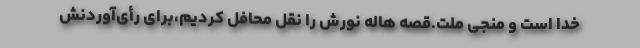
خدا است و منجی ملت.قصه هاله نورش را نقل محافل کردیم،برای رأی‌آوردنش